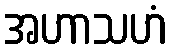
အဟာသဟံ